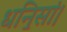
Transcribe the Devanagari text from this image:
धनि॒सां।